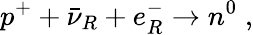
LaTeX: p^{+}+\bar{\nu}_{R}+e_{R}^{-}\to n^{0}\; ,